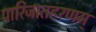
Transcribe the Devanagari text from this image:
पारिजातहरणम्